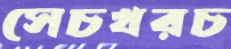
সেচখরচ